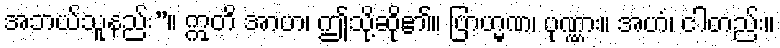
အဘယ်သူနည်း”။ ဣတိ အာဟ၊ ဤသို့ဆို၏။ ဗြာဟ္မဏ၊ ပုဏ္ဏား။ အဟံ၊ ငါတည်း။